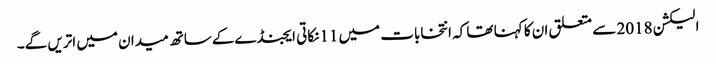
الیکشن 2018 سے متعلق ان کا کہنا تھا کہ انتخابات میں 11نکاتی ایجنڈےکےساتھ میدان میں اتریں گے۔